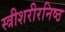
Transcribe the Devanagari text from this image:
स्त्रीशरीरनिष्ठ